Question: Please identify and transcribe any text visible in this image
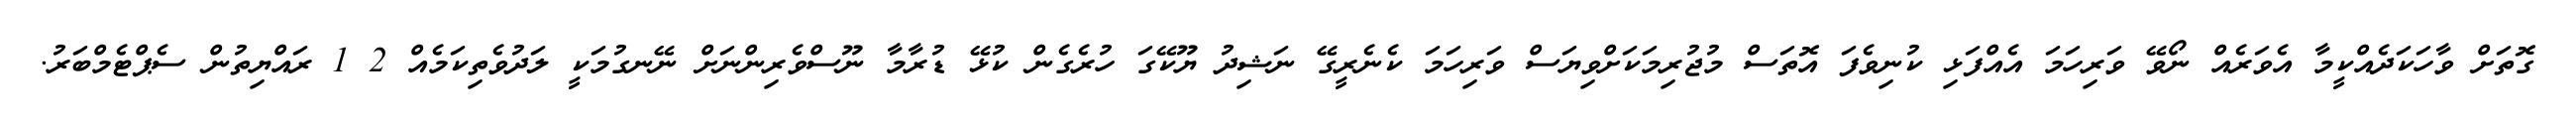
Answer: ގޮތަށް ވާހަކަދެއްކީމާ އެވަރެއް ނޯވޭ ވަރިހަމަ އެއްފަޅި ކުނިވެފަ އޮތަސް މުޖުރިމަކަށްވިޔަސް ވަރިހަމަ ކެނެރީގޭ ނަޝިދު ޔޫކޭގަ ހުރެގެން ކުޅޭ ޑުރާމާ ނޫސްވެރިންނަށް ނޭނގުމަކީ ލަދުވެތިކަމެއް 2 1 ރައްޔިތުން ސެޕްޓެމްބަރު.